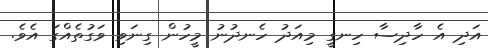
އަދި އެ ހާދިސާ ހިނގީ މިއަދު ހެނދުނު މީހުން ގިނަވި ވަގުތެއްގަ އެވެ.